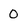
Character: 0